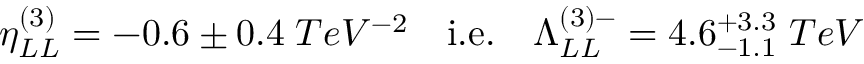
\begin{array} { c c c } { { \eta _ { L L } ^ { ( 3 ) } = - 0 . 6 \pm 0 . 4 \; T e V ^ { - 2 } } } & { { { \mathrm { i . e . } } } } & { { \Lambda _ { L L } ^ { ( 3 ) - } = 4 . 6 _ { - 1 . 1 } ^ { + 3 . 3 } \; T e V } } \end{array}